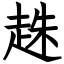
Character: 趎